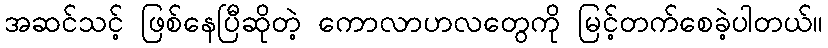
အဆင်သင့် ဖြစ်နေပြီဆိုတဲ့ ကောလာဟလတွေကို မြင့်တက်စေခဲ့ပါတယ်။